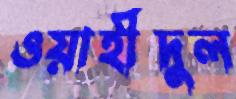
ওয়াহীদুল